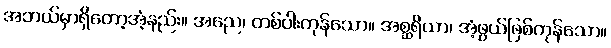
အဘယ်မှာရှိတော့အံ့နည်း။ အညေ၊ တစ်ပါးကုန်သော။ အစ္ဆရိယာ၊ အံ့ဖွယ်ဖြစ်ကုန်သော။